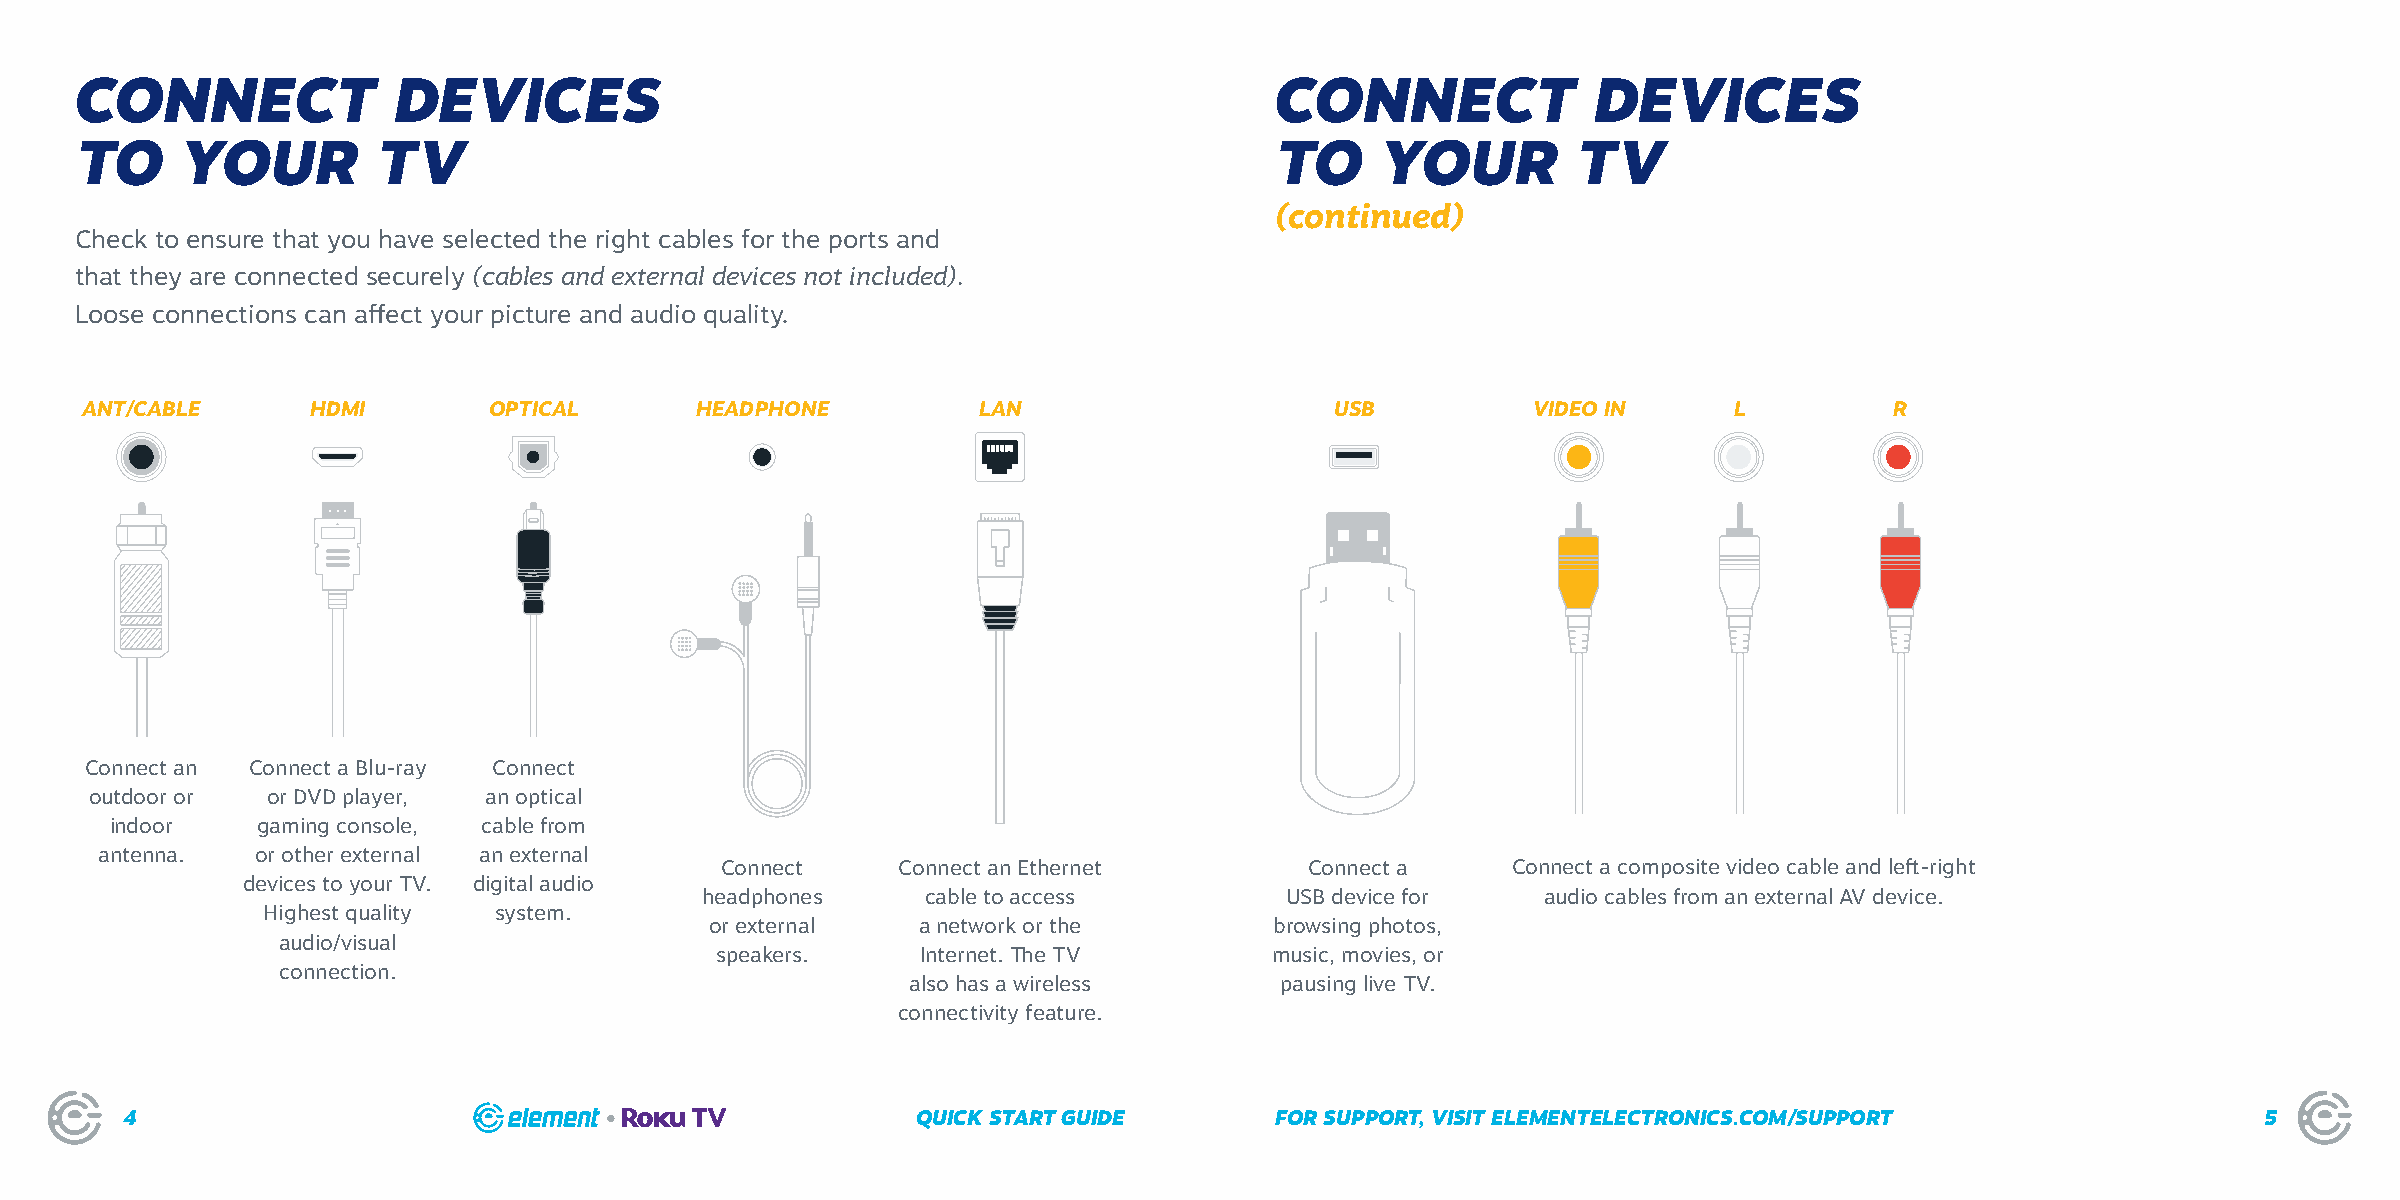
CONNECT              DEVICES                                                   CONNECT               DEVICES
 TO     YOUR         TV                                                         TO     YOUR         TV
 (continued)
 Check to ensure that you have selected the right cables for the ports and
 that they are connected securely (cables and external devices not included).
 Loose connections can affect your picture and audio quality.
 ANT/CABLE       HDMI       OPTICAL       HEADPHONE          LAN                    USB          VIDEO IN      L         R
 Connect an Connect a Blu-ray Connect
 outdoor or  or DVD player, an optical
 indoor    gaming console, cable from
 antenna.   or other external an external
 Connect    Connect an Ethernet         Connect a    Connect a composite video cable and left-right
 devices to your TV. digital audio
 headphones     cable to access         USB device for   audio cables from an external AV device.
 Highest quality system.
 or external   a network or the       browsing photos,
 audio/visual
 speakers.     Internet. The TV       music, movies, or
 connection.
 also has a wireless      pausing live TV.
 connectivity feature.
 4                                                    QUICK START GUIDE      FOR SUPPORT, VISIT ELEMENTELECTRONICS.COM/SUPPORT                 5